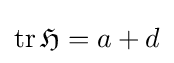
\operatorname {tr} {\mathfrak {H}}=a+d